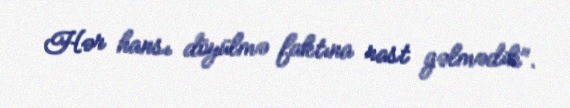
Hər hansı döyülmə faktına rast gəlmədik".